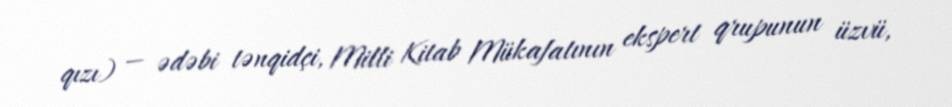
qızı) — ədəbi tənqidçi, Milli Kitab Mükafatının ekspert qrupunun üzvü,